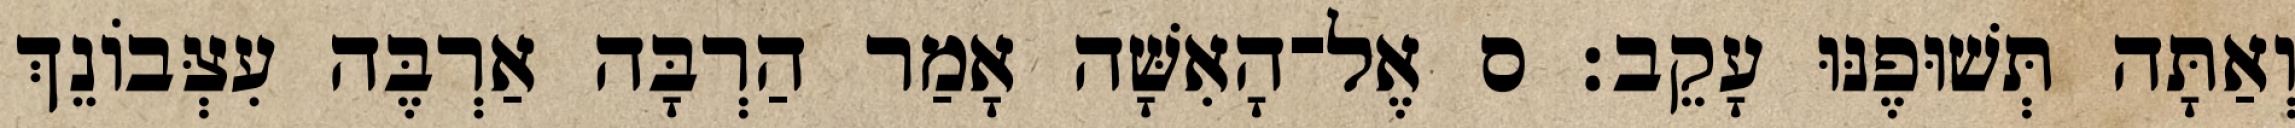
וְאַתָּה תְּשׁוּפֶנּוּ עָקֵב׃ ס אֶל־הָאִשָּׁה אָמַר הַרְבָּה אַרְבֶּה עִצְּבֹונֵךְ